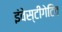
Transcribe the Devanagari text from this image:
इंवेस्टीगेटिव